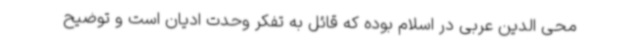
محی الدین عربی در اسلام بوده که قائل به تفکر وحدت ادیان است و توضیح